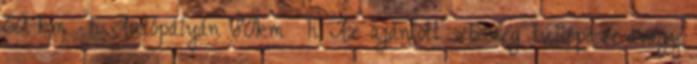
60 km h Autópályán 80km h Az ajánlott sebesség túllépése, avagy